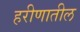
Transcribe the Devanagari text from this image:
हरीणातील